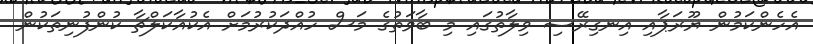
އެހެންކަމުން ޔޫރަޕާއި އިނގިރޭސި ވިލާތުގައި މި ބާވަތުގެ މަސް ހުއްދަކުރުމަށް އެކުއާކަލްޗާ ކުންފުނިތަކުން